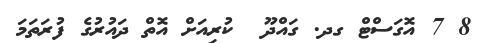
8 7 އޮގަސްޓް ގދ. ގައްދޫ  ކުރިއަށް އޮތް ދައުރުގެ ފުރަތަމަ